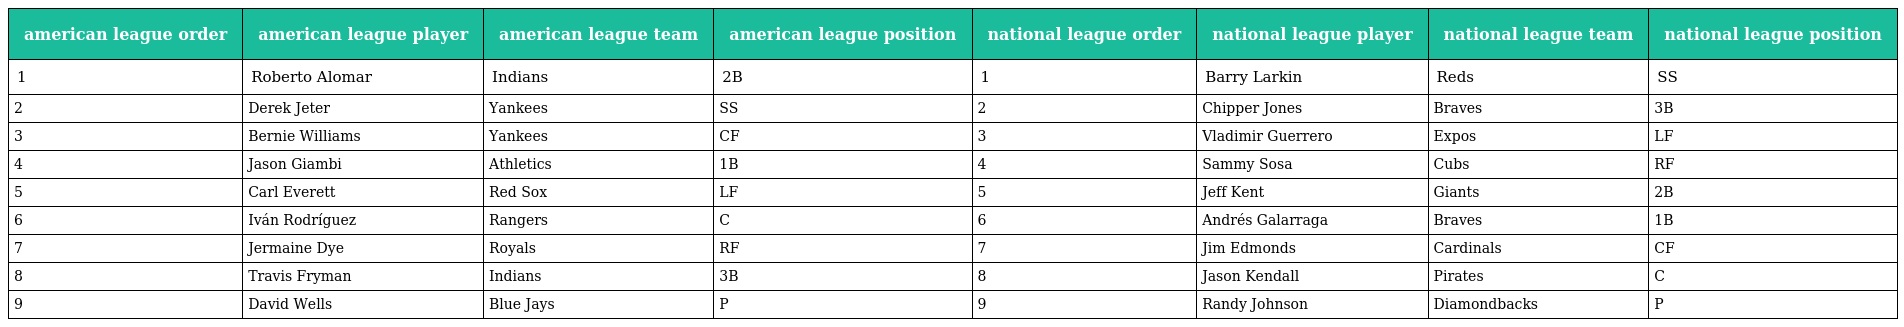
| american league order | american league player | american league team | american league position | national league order | national league player | national league team | national league position |
 | --- | --- | --- | --- | --- | --- | --- | --- |
 | 1 | Roberto Alomar | Indians | 2B | 1 | Barry Larkin | Reds | SS |
 | 2 | Derek Jeter | Yankees | SS | 2 | Chipper Jones | Braves | 3B |
 | 3 | Bernie Williams | Yankees | CF | 3 | Vladimir Guerrero | Expos | LF |
 | 4 | Jason Giambi | Athletics | 1B | 4 | Sammy Sosa | Cubs | RF |
 | 5 | Carl Everett | Red Sox | LF | 5 | Jeff Kent | Giants | 2B |
 | 6 | Iván Rodríguez | Rangers | C | 6 | Andrés Galarraga | Braves | 1B |
 | 7 | Jermaine Dye | Royals | RF | 7 | Jim Edmonds | Cardinals | CF |
 | 8 | Travis Fryman | Indians | 3B | 8 | Jason Kendall | Pirates | C |
 | 9 | David Wells | Blue Jays | P | 9 | Randy Johnson | Diamondbacks | P |